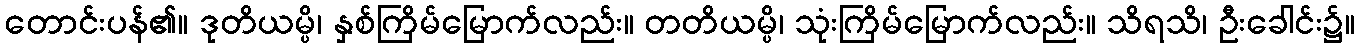
တောင်းပန်၏။ ဒုတိယမ္ပိ၊ နှစ်ကြိမ်မြောက်လည်း။ တတိယမ္ပိ၊ သုံးကြိမ်မြောက်လည်း။ သိရသိ၊ ဦးခေါင်း၌။